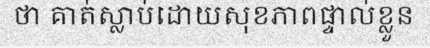
ថា គាត់ស្លាប់ដោយសុខភាពផ្ទាល់ខ្លួន